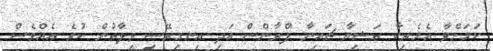
ކަމަށްވާ އެމެރިކާ ރަޝިޔާ ޗައިނާ ފްރާންސް އަދި އިނގިރޭސި ވިލާތުން ކުރެ އެއްވެސް